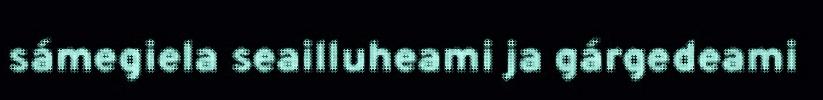
sámegiela seailluheami ja gárgedeami